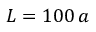
L = 1 0 0 \, a